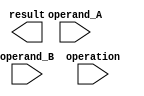
module half_precision_fpu(
    input [15:0] operand_A,
    input [15:0] operand_B,
    input [2:0] operation,
    output reg [15:0] result
);

reg [15:0] intermediate_result;

// Input registers
reg [15:0] reg_operand_A;
reg [15:0] reg_operand_B;

// Output register
reg [15:0] reg_result;

always @ (posedge clk) begin
    reg_operand_A <= operand_A;
    reg_operand_B <= operand_B;
    
    case(operation)
        3'b000: begin // Addition
            intermediate_result <= reg_operand_A + reg_operand_B;
        end
        3'b001: begin // Subtraction
            intermediate_result <= reg_operand_A - reg_operand_B;
        end
        // Additional cases for other arithmetic operations if needed
        default: begin
            intermediate_result <= 16'hFFFF; // Default case
        end
    endcase
    
    // Optional rounding logic if needed
    // Add rounding logic here
    
    // Multiplexer
    // Add multiplexer here
    
    reg_result <= intermediate_result;
end

endmodule